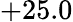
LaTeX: +25.0